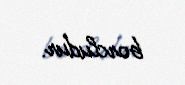
borcludur.